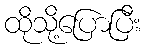
ထိုသို့ပြောပြီး